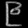
Digit: ၉